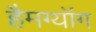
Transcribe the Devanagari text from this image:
हैमग्यॉंग